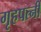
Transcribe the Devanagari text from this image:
गृहपत्नी